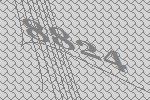
8824